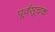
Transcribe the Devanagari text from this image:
पूर्वसूचक